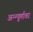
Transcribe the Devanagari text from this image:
अन्न्पूर्णावर